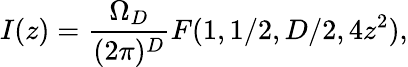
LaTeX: I(z)={\frac{\Omega_{D}}{(2\pi)^{D}}}F(1,1/2,D/2,4z^{2}),